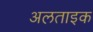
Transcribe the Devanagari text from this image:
अलताइक